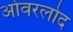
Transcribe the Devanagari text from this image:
ओवरलोद